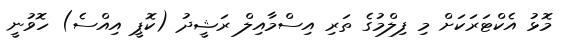
މޮޅު އެކްޓަރަކަށް މި ފިލްމުގެ ތަރި އިސްމާއިލް ރަޝީދު (ކޮޕީ އިއްސެ) ހޮވުނީ